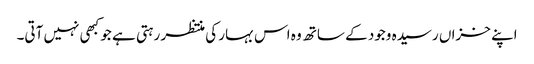
اپنے خزاں رسیدہ وجود کے ساتھ وہ اس بہار کی منتظر رہتی ہے جو کبھی نہیں آتی۔